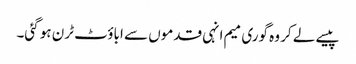
پیسے لے کر وہ گوری میم انہی قدموں سے اباؤٹ ٹرن ہو گئی۔